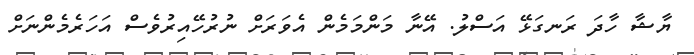
ޔާޝާ ހާދަ ރަނގަޅޭ އަސްލު. އޭނާ މަންމަމެން އެވަރަށް ނުރުހޭއިރުވެސް އަހަރެމެންނަށް